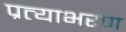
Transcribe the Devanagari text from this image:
प्रत्याभरण